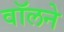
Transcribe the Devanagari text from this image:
वॉलने